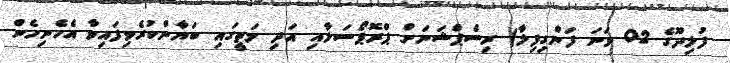
ފުލިދޫގެ 02 ވަނަ ފަންގިފިލާ) ރިސެޕްޝަނަށް ޕްރޮޕޯސަލާއި އަދި މަތީގައި ބަޔާންކުރެވިފައިވާ އެހެނިހެން